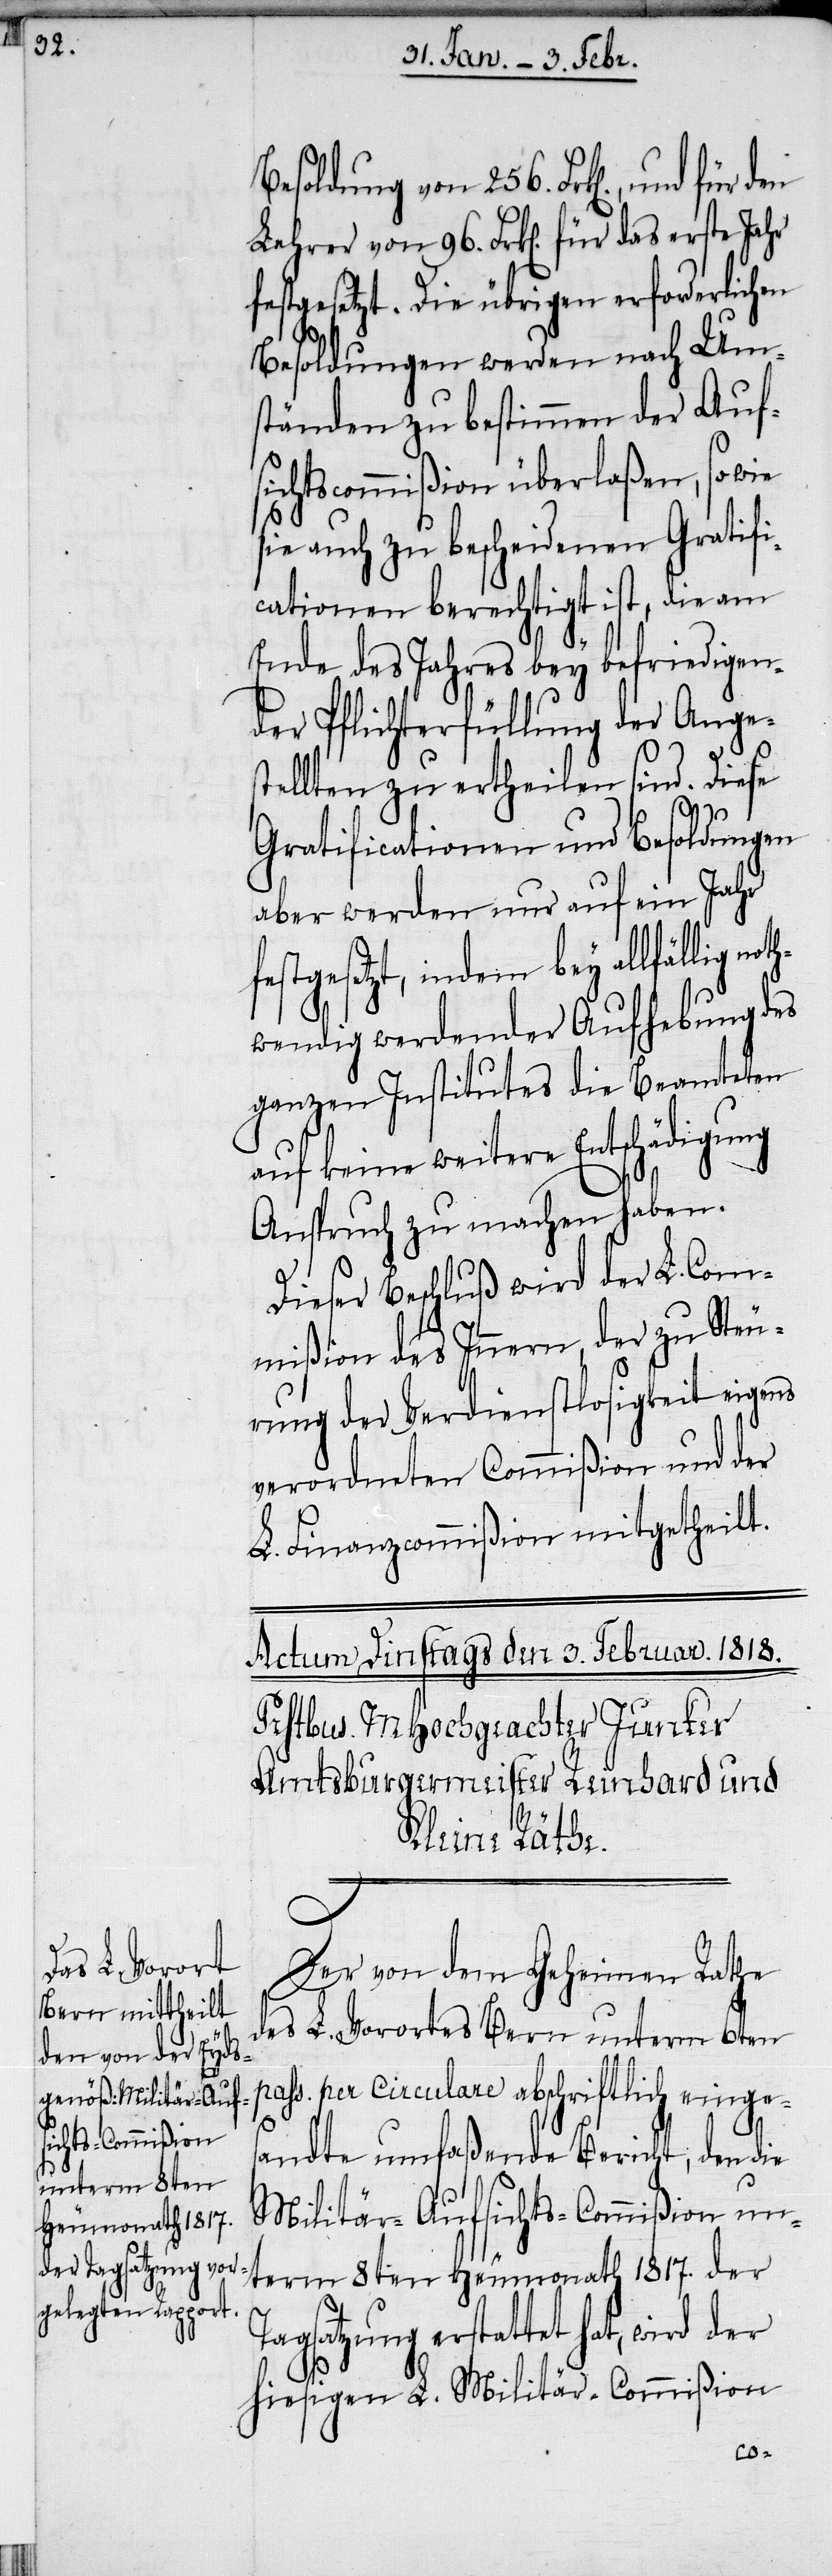
Besoldung von 256. Frk[en]., und
Lehrer von 96. Frk[en]. für das erste Jahr
festgesetzt. Die übrigen erforderlichen
Besoldungen werden nach Um¬
ständen zu bestimmen der Auf¬
sichtscommißion überlaßen, sowie
sie auch zu bescheidenen Gratifi¬
cationen berechtigt ist, die am
Ende des Jahres bey befriedigen¬
der Pflichterfüllung der Anges¬
tellten zu ertheilen sind. Diese
Gratificationen und Besoldungen
aber werden nur auf ein Jahr
festgesetzt, indem bey allfällig no¬
wendig werdender Aufhebung des
ganzen Institutes die Beamteten
auf keine weitere Entschädigung
Anspruch zu machen haben.
Dieser Beschluß wird der L. Com¬
mißion des Innern, der zu Steu¬
rung der Verdienstlosigkeit eigens
verordneten Commißion und der
L. Finanzcommißion mitgetheilt.
Der von dem Geheimen Rathe
des L. Vorortes Bern unterm 6ten
pass. per circulare abschriftlich einges¬
andte umfaßende Bericht, den die
Militär-Aufsichts-Commißion un¬
term 8ten Heumonath 1817. der
agsatzung erstattet hat, wird der
hiesigen L. Militär-Commißion
T¬